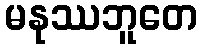
မနုဿဘူတေ